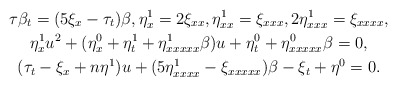
\begin{gather*}\tau \beta_t =(5\xi_x-\tau_t)\beta,\eta^1_x=2\xi_{xx},\eta^1_{xx}=\xi_{xxx},2\eta^1_{xxx}=\xi_{xxxx},\\\eta^1_xu^2+(\eta^0_x +\eta^1_t+\eta^1_{xxxxx}\beta)u+\eta^0_t+\eta^0_{xxxxx}\beta=0,\\(\tau_t-\xi_x+n\eta^1)u+(5\eta^1_{xxxx}-\xi_{xxxxx})\beta-\xi_t+\eta^0=0.\end{gather*}